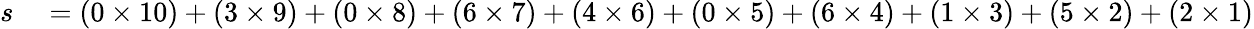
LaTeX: \begin{array}{rl}{s}&{{}=(0\times 10)+(3\times 9)+(0\times 8)+(6\times 7)+(4\times 6)+(0\times 5)+(6\times 4)+(1\times 3)+(5\times 2)+(2\times 1)}\end{array}